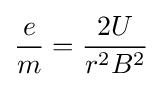
{\frac {e}{m}}={\frac {2U}{r^{2}B^{2}}}